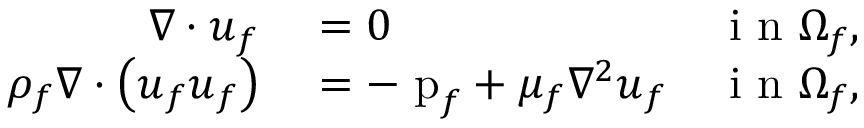
\begin{array} { r l r } { \nabla \cdot \boldsymbol { u } _ { f } } & { { } = 0 } & { \mathrm { ~ i ~ n ~ } \Omega _ { f } , } \\ { \rho _ { f } \nabla \cdot \left( \boldsymbol { u } _ { f } \boldsymbol { u } _ { f } \right) } & { { } = - \mathrm { \nabla { p } } _ { f } + \mu _ { f } \nabla ^ { 2 } \boldsymbol { u } _ { f } } & { \mathrm { ~ i ~ n ~ } \Omega _ { f } , } \end{array}